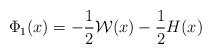
LaTeX: \begin{align*}\Phi_1(x)=-\frac{1}{2}\mathcal{W}(x)-\frac{1}{2}H(x)\end{align*}